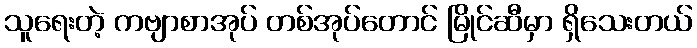
သူရေးတဲ့ ကဗျာစာအုပ် တစ်အုပ်တောင် မြိုင်ဆီမှာ ရှိသေးတယ်